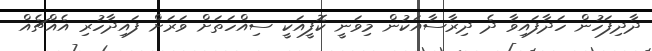
ދާދިފަހުން ހަދާފައިވާ ދެ ދިރާސާއަކުން މިވަނީ ކޮފީއަކީ ސިއްހަތަށް ވަރަށް ފައިދާހުރި އެއްޗެއް